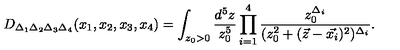
D _ { \Delta _ { 1 } \Delta _ { 2 } \Delta _ { 3 } \Delta _ { 4 } } ( x _ { 1 } , x _ { 2 } , x _ { 3 } , x _ { 4 } ) = \int _ { z _ { 0 } > 0 } \frac { d ^ { 5 } z } { z _ { 0 } ^ { 5 } } \prod _ { i = 1 } ^ { 4 } \frac { z _ { 0 } ^ { \Delta _ { i } } } { ( z _ { 0 } ^ { 2 } + ( \vec { z } - \vec { x _ { i } } ) ^ { 2 } ) ^ { \Delta _ { i } } } .